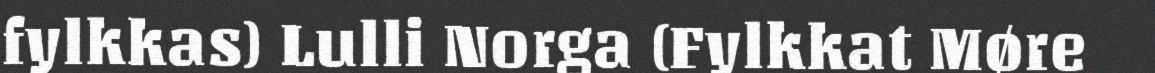
fylkkas) Lulli Norga (Fylkkat Møre